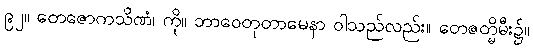
၉၂။ တေဇောကသိဏံ၊ ကို။ ဘာဝေတုတာမေနာ ဝါသည်လည်း။ တေဇတ္မိမီး၌။